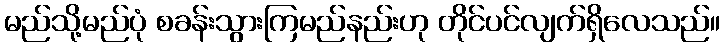
မည်သို့မည်ပုံ စခန်းသွားကြမည်နည်းဟု တိုင်ပင်လျက်ရှိလေသည်။